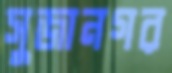
সুজানগর